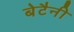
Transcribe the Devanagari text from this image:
बेटैनी